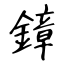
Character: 鏱